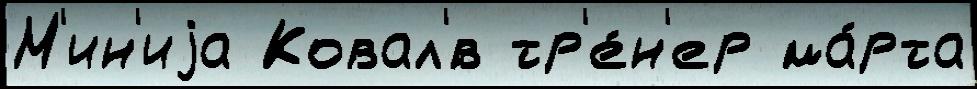
М'ин'иjа Ковал'́в тр'е́н'ер ма́рта